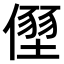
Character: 𠏂